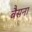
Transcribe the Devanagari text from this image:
बैसना